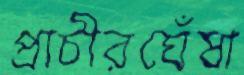
প্রাচীরঘেঁষা